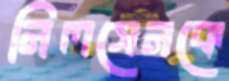
নিলসেনকে